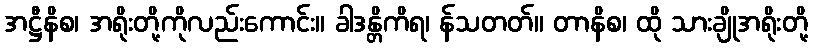
အဋ္ဌီနိစ၊ အရိုးတို့ကိုလည်းကောင်း။ ခါဒန္တိကိရ၊ န်သတတ်။ တာနိစ၊ ထို သားချိုအရိုးတို့